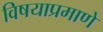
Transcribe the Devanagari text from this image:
विषयाप्रमाणे